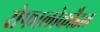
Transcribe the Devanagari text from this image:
सेफालोकौडल